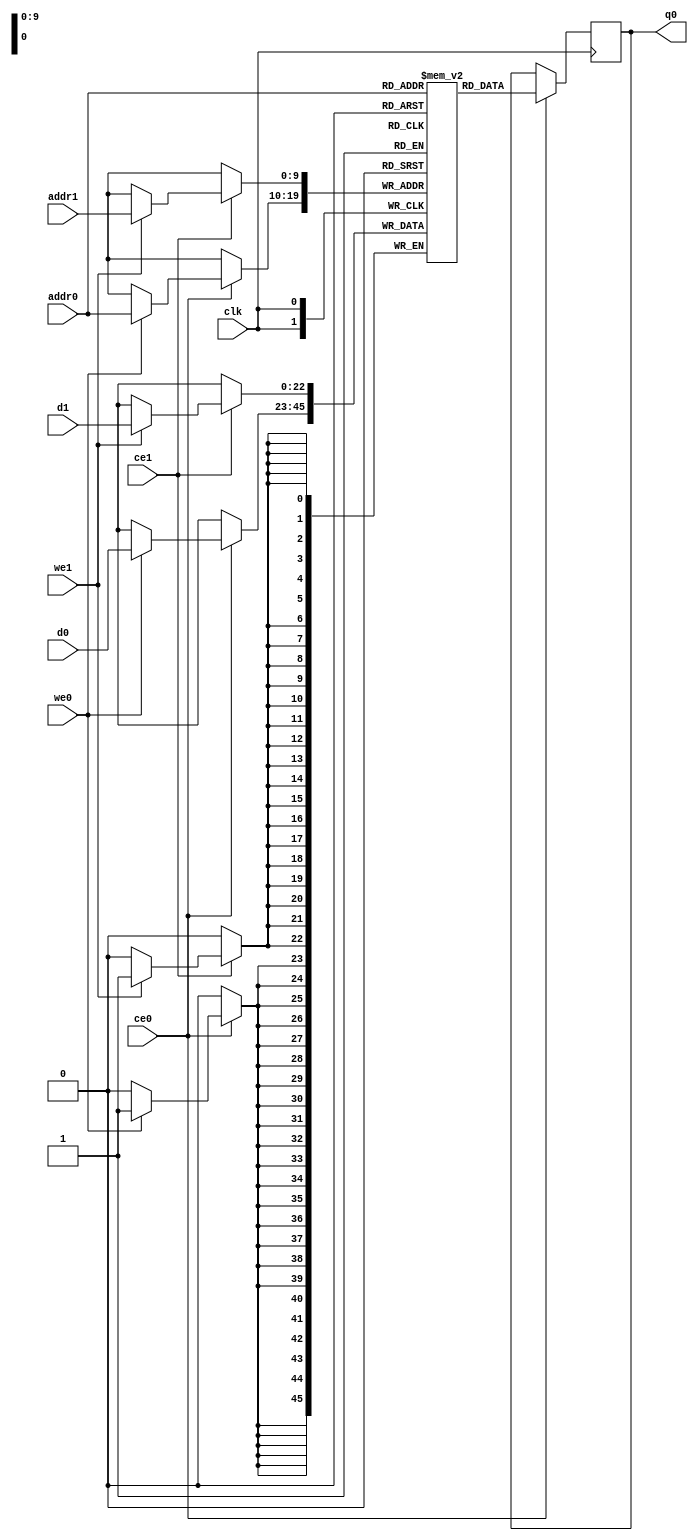
module hls_xfft2real_twid_rom_conj_M_imag_V_memcore_ram (addr0, ce0, d0, we0, q0, addr1, ce1, d1, we1,  clk);

parameter DWIDTH = 23;
parameter AWIDTH = 10;
parameter MEM_SIZE = 1024;

input[AWIDTH-1:0] addr0;
input ce0;
input[DWIDTH-1:0] d0;
input we0;
output reg[DWIDTH-1:0] q0;
input[AWIDTH-1:0] addr1;
input ce1;
input[DWIDTH-1:0] d1;
input we1;
input clk;

reg [DWIDTH-1:0] ram[0:MEM_SIZE-1];




always @(posedge clk)  
begin 
    if (ce0) begin
        if (we0) 
            ram[addr0] <= d0; 
        q0 <= ram[addr0];
    end
end


always @(posedge clk)  
begin 
    if (ce1) begin
        if (we1) 
            ram[addr1] <= d1; 
    end
end


endmodule